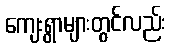
ကျေးရွာများတွင်လည်း